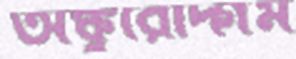
অঙ্কুরোদ্গম